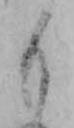
も